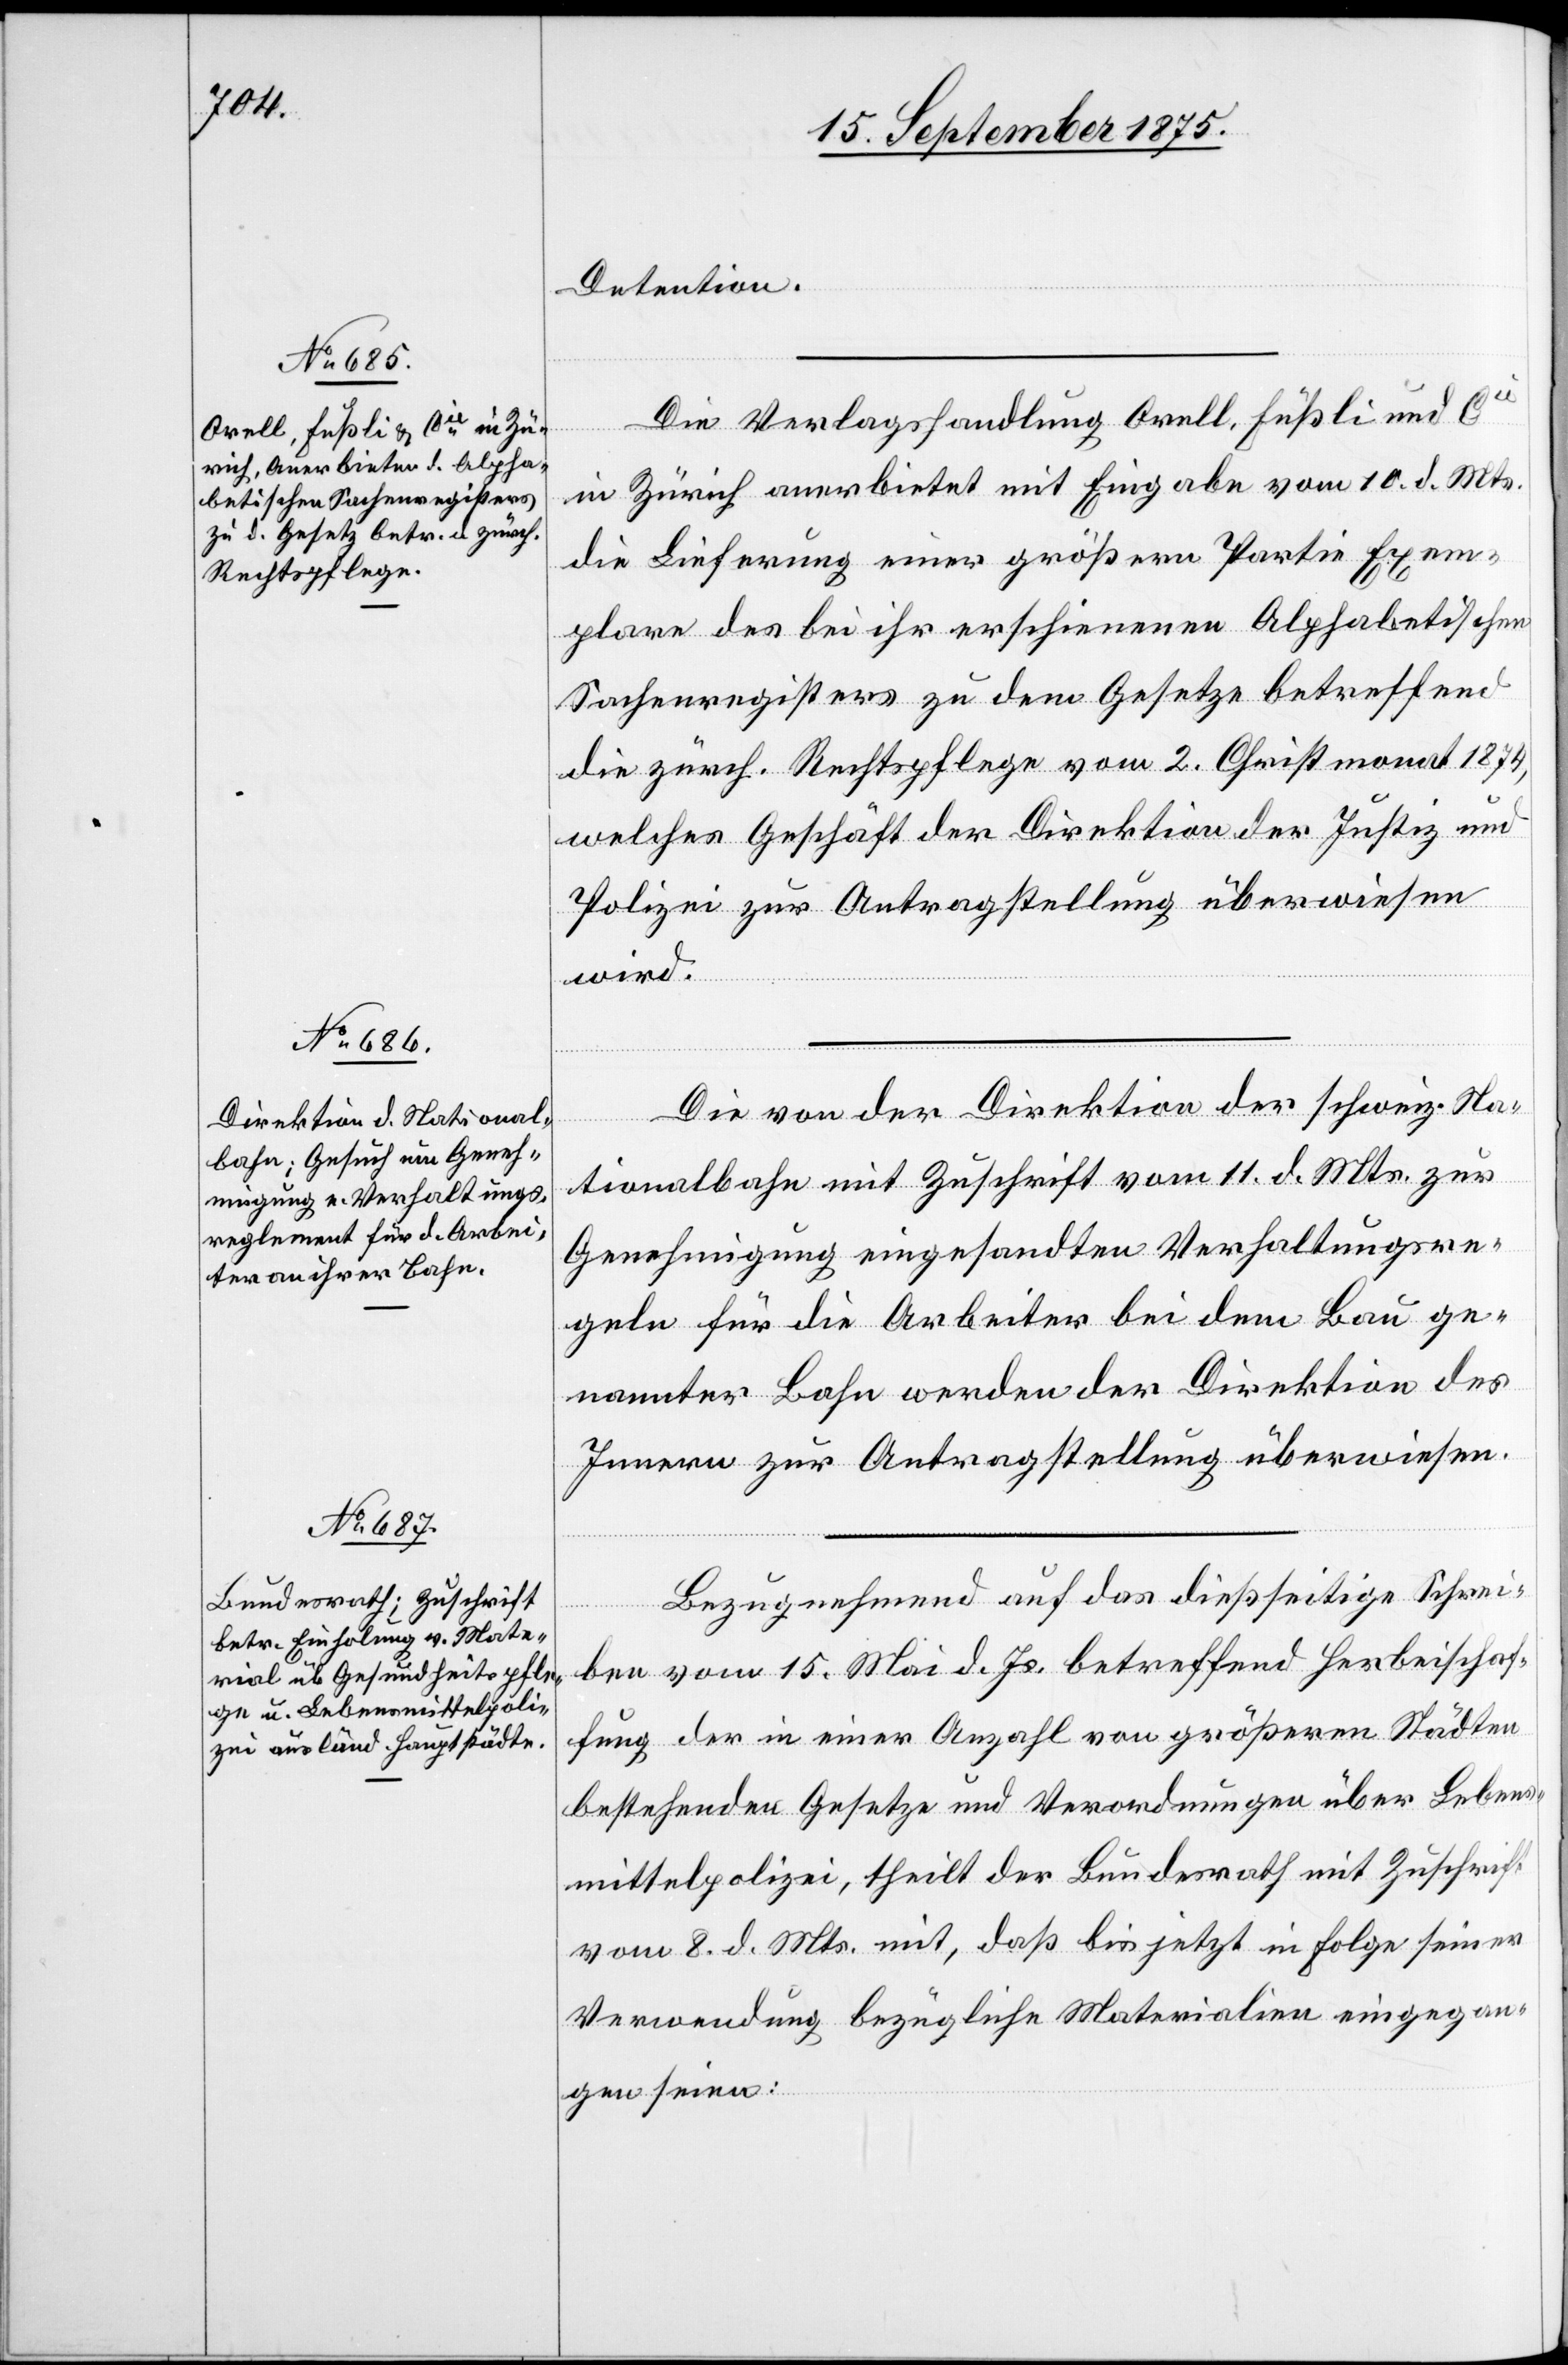
16. September 1875.]
Detention.
Die Verlagshandlung Orell, Füßli und Cie
in Zürich anerbietet mit Eingabe vom 10. d. Mts.
die Lieferung einer größern Partie Exem¬
plare des bei ihr erschienenen Alphabetischen
Sachenregisters zu dem Gesetze betreffend
die zürch. Rechtspflege vom 2. Christmonat 1874,
welches Geschäft der Direktion der Justiz und
Polizei zur Antragstellung überwiesen
wird.
Die von der Direktion der schweiz. Na¬
tionalbahn mit Zuschrift vom 11. d. Mts. zur
Genehmigung eingesandten Verhaltungsre¬
geln für die Arbeiter bei dem Bau ge¬
nannter Bahn werden der Direktion des
Innern zur Antragstellung überwiesen.
Bezugnehmend auf das dießseitige Schrei¬
ben vom 15. Mai d. Js. betreffend Herbeischaf¬
fung der in einer Anzahl von größeren Städten
bestehenden Gesetze und Verordnungen über Lebens¬
mittelpolizei, theilt der Bundesrath mit Zuschrift
vom 8. d. Mts. mit, daß bis jetzt in Folge seiner
Verwendung bezügliche Materialien eingegan¬
gen seien: